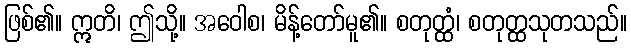
ဖြစ်၏။ ဣတိ၊ ဤသို့။ အဝေါစ၊ မိန့်တော်မူ၏။ စတုတ္ထံ၊ စတုတ္ထသုတသည်။